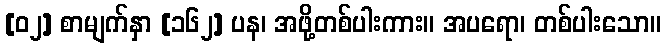
[၀၂] စာမျက်နှာ [၁၆၂] ပန၊ အဖို့တစ်ပါးကား။ အပရော၊ တစ်ပါးသော။